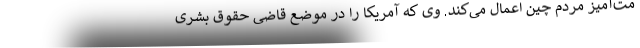
مت‌آمیز مردم چین اعمال می‌کند. وی که آمریکا را در موضع قاضی حقوق بشری